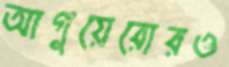
আগুয়েরোরও